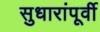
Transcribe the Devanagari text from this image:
सुधारांपूर्वी